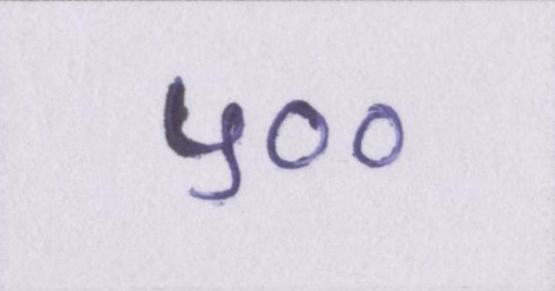
५००